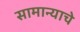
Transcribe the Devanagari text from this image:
सामान्याचे